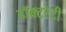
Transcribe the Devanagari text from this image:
डॉक्टरेटी